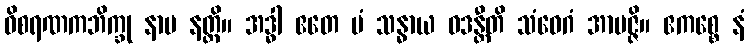
ဝိစရဏကဘိက္ခု နာမ နတ္ထိ။ အဒ္ဓါ ဧတေ မံ သန္ဓာယ ဝဒန္တီတိ သံဝေဂံ အာပဇ္ဇိ။ ဧကစ္စေ နံ